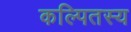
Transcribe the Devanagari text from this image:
कल्पितस्य